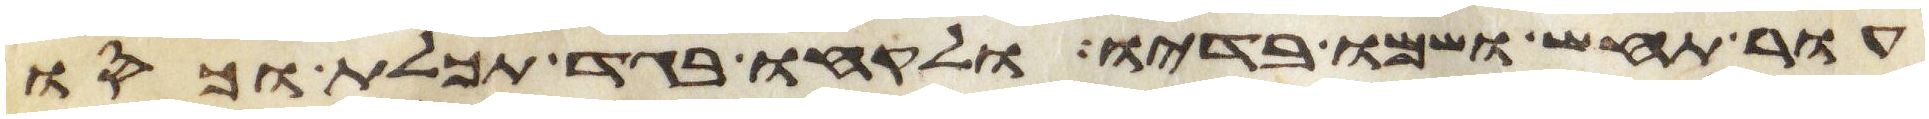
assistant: עור תחש ושמו בדיו ולקחו בגד תכלת וכסו